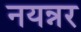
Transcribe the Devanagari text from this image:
नयन्नर